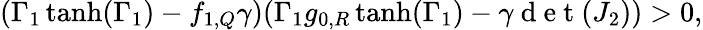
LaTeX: (\Gamma_{1}\operatorname{tanh}(\Gamma_{1})-f_{1,Q}\gamma)(\Gamma_{1}g_{0,R}\operatorname{tanh}(\Gamma_{1})-\gamma\mathrm{~d~e~t~}(J_{2}))>0,